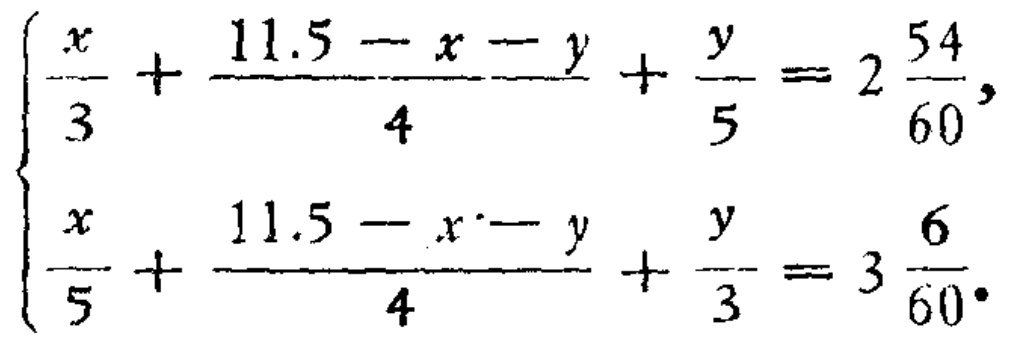
\(\begin{cases}
\frac{x}{3}+\frac{11.5 - x - y}{4}+\frac{y}{5}=2\frac{54}{60},\\
\frac{x}{5}+\frac{11.5 - x - y}{4}+\frac{y}{3}=3\frac{6}{60}.
\end{cases}\)